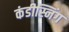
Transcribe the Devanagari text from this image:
कंडीस्निंग